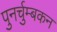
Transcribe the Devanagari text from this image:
पुनर्चुम्बकन